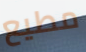
مطيع